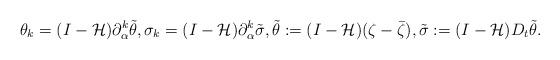
LaTeX: \begin{align*}\theta_k=(I-\mathcal{H})\partial_{\alpha}^k\tilde{\theta}, \sigma_k=(I-\mathcal{H})\partial_{\alpha}^k\tilde{\sigma},\tilde{\theta}:=(I-\mathcal{H})(\zeta-\bar{\zeta}), \tilde{\sigma}:=(I-\mathcal{H})D_t\tilde{\theta}.\end{align*}